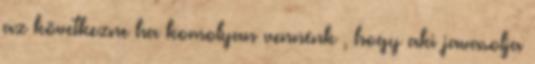
az következne ha komolyan vennénk , hogy aki javasolja